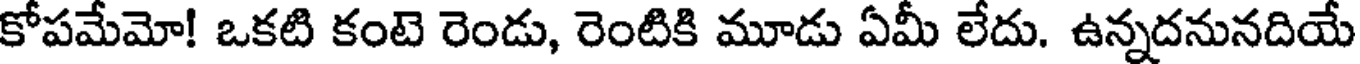
కోపమేమో! ఒకటి కంటె రెండు, రెంటికి మూడు ఏమీ లేదు. ఉన్నదనునదియే